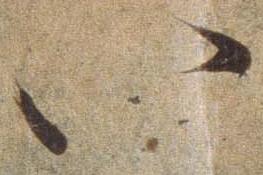
い